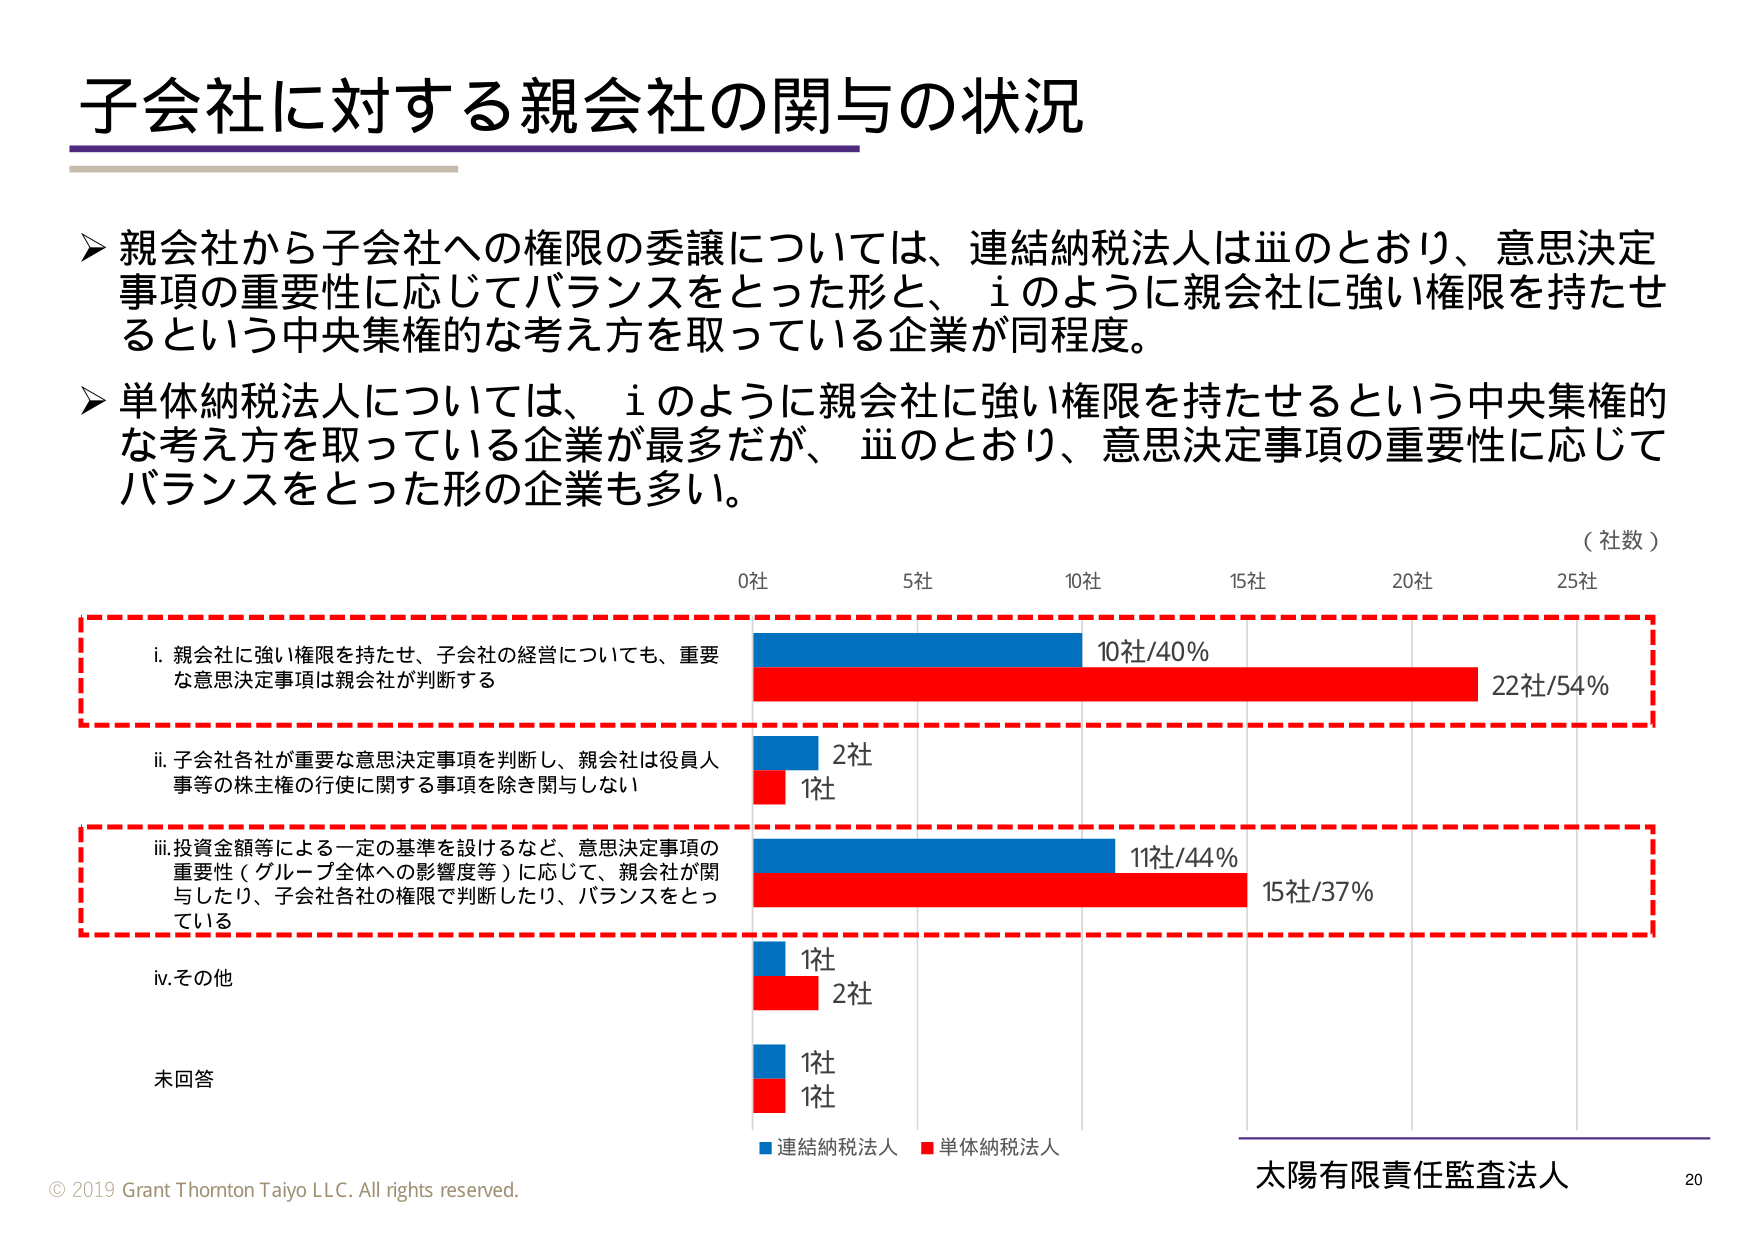
子会社に対する親会社の関与の状況

➤ 親会社から子会社への権限の委譲については、連結納税法人はⅲのとおり、意思決定事項の重要性に応じてバランスをとった形と、ⅰのように親会社に強い権限を持たせるという中央集権的な考え方を取っている企業が同程度。

➤ 単体納税法人については、ⅰのように親会社に強い権限を持たせるという中央集権的な考え方を取っている企業が最多だが、ⅲのとおり、意思決定事項の重要性に応じてバランスをとった形の企業も多い。

（社数）
0社　　5社　　10社　　15社　　20社　　25社

i. 親会社に強い権限を持たせ、子会社の経営についても、重要な意思決定事項は親会社が判断する
　　■ 10社/40%　　■ 22社/54%

ii. 子会社各社が重要な意思決定事項を判断し、親会社は役員人事等の株主権の行使に関する事項を除き関与しない
　　■ 2社　　■ 1社

iii. 投資金額等による一定の基準を設けるなど、意思決定事項の重要性（グループ全体への影響度等）に応じて、親会社が関与したり、子会社各社の権限で判断したり、バランスをとっている
　　■ 11社/44%　　■ 15社/37%

iv. その他
　　■ 1社　　■ 2社

未回答
　　■ 1社　　■ 1社

■ 連結納税法人　■ 単体納税法人

© 2019 Grant Thornton Taiyo LLC. All rights reserved.
太陽有限責任監査法人　20